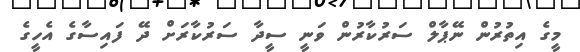
މީގެ އިތުރުން ނޭޕާލް ސަރުކާރުން ވަނީ ސީދާ ސަރުކާރަށް ދޭ ފައިސާގެ އެހީގެ